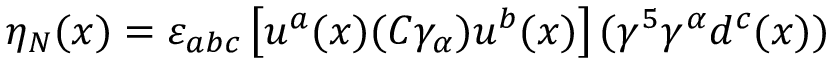
\eta _ { N } ( x ) = \varepsilon _ { a b c } \left[ u ^ { a } ( x ) ( C \gamma _ { \alpha } ) u ^ { b } ( x ) \right] ( \gamma ^ { 5 } \gamma ^ { \alpha } d ^ { c } ( x ) )